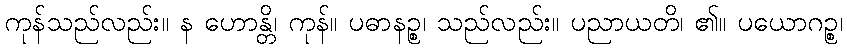
ကုန်သည်လည်း။ န ဟောန္တိ၊ ကုန်။ ပဓာနဉ္စ၊ သည်လည်း။ ပညာယတိ၊ ၏။ ပယောဂဉ္စ၊